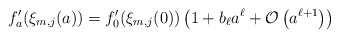
\begin{align*}f'_a(\xi_{m,j}(a))=f'_0(\xi_{m,j}(0))\left(1+ b_{\ell} a^{\ell} +\mathcal{O}\left(a^{\ell+1}\right) \right)\end{align*}